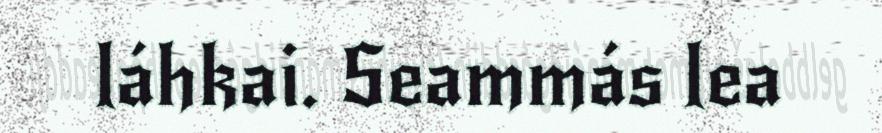
láhkai. Seammás lea